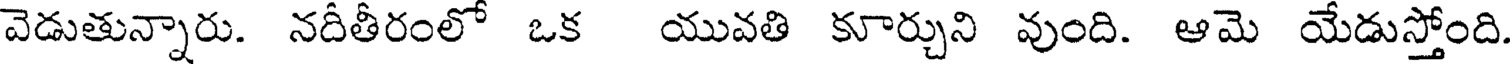
వెడుతున్నారు. నదీతీరంలో ఒక యువతి కూర్చుని వుంది. ఆమె యేడుస్తోంది